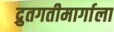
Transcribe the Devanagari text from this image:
द्रुतगतीमार्गाला